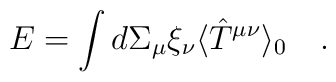
E=\int d\Sigma_\mu \xi_\nu \langle \hat{T}^{\mu\nu}\rangle_0~~~.